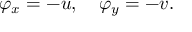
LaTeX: \varphi _ { x } = - u , \quad \varphi _ { y } = - v .